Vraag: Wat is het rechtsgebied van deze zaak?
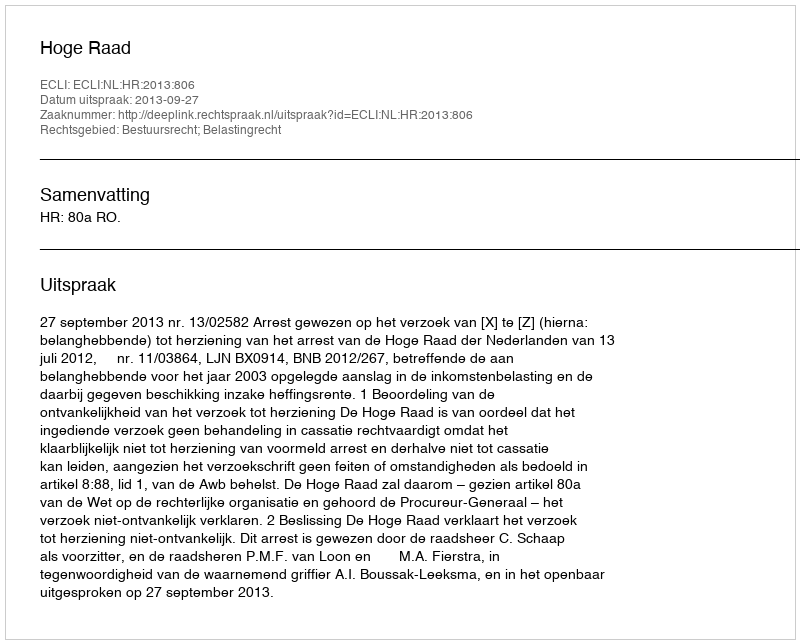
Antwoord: Bestuursrecht; Belastingrecht